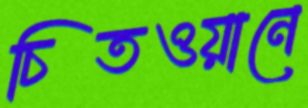
চিতওয়ানে